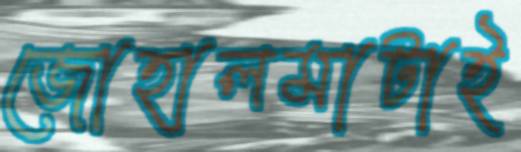
জোহালমাটাই